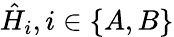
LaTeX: \hat{H}_{i},i\in\{ A,B\}